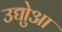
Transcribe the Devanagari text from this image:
उद्योुआ